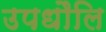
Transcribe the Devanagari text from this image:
उपधौलि